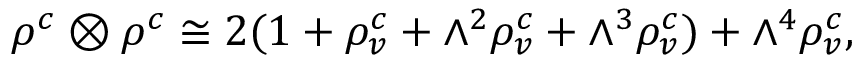
\rho ^ { c } \otimes \rho ^ { c } \cong 2 ( 1 + \rho _ { v } ^ { c } + \wedge ^ { 2 } \rho _ { v } ^ { c } + \wedge ^ { 3 } \rho _ { v } ^ { c } ) + \wedge ^ { 4 } \rho _ { v } ^ { c } ,